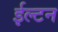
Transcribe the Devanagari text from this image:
ईल्टन